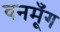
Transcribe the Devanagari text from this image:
वनमूँग